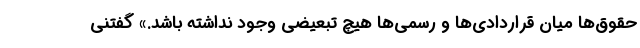
حقوق‌ها میان قراردادی‌ها و رسمی‌ها هیچ تبعیضی وجود نداشته باشد.» گفتنی